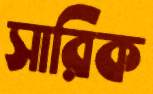
সারিক